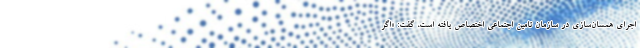
اجرای همسان‌سازی در سازمان تامین اجتماعی اختصاص یافته است، گفت: «اگر